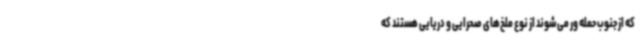
که از جنوب حمله ور می‌شوند از نوع ملخ‌های صحرایی و دریایی هستند که